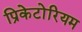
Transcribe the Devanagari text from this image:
प्रिकेटोरियम